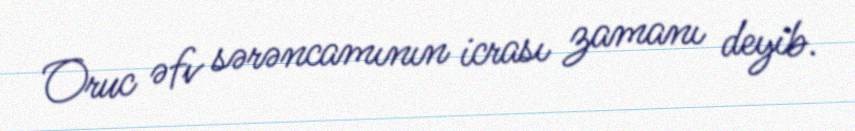
Oruc əfv sərəncamının icrası zamanı deyib.